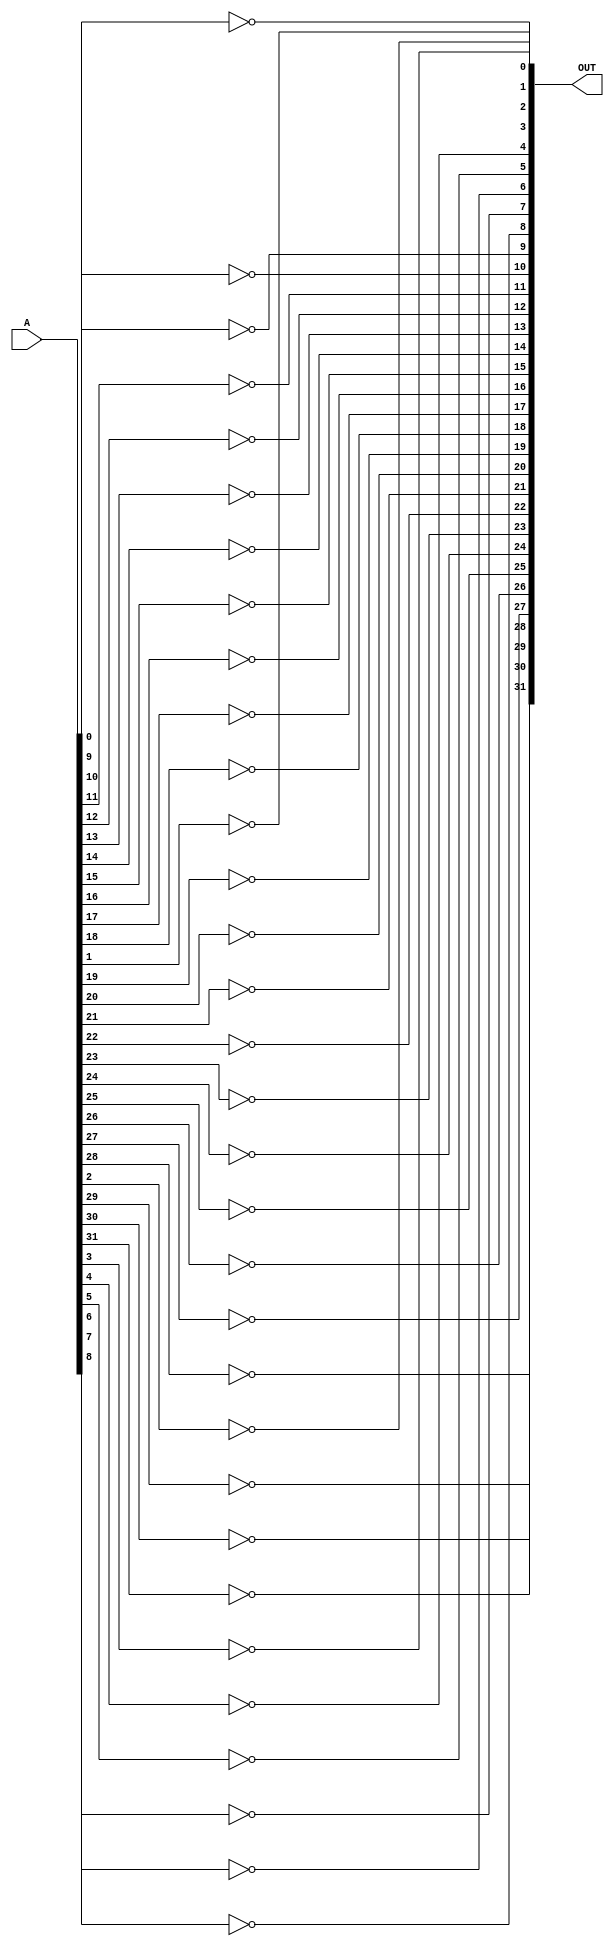

module not_32_bit(input [31:0] A , output[31:0] OUT);



not F1(OUT[0] , A[0]);
not F2(OUT[1] , A[1]);
not F3(OUT[2] , A[2]);
not F4(OUT[3] , A[3]);
not F5(OUT[4] , A[4]);
not F6(OUT[5] , A[5]);
not F7(OUT[6] , A[6]);
not F8(OUT[7] , A[7]);
not F9(OUT[8] , A[8]);
not F10(OUT[9] , A[9]);
not F11(OUT[10] , A[10]);
not F12(OUT[11] , A[11]);
not F13(OUT[12] , A[12]);
not F14(OUT[13] , A[13]);
not F15(OUT[14] , A[14]);
not F16(OUT[15] , A[15]);
not F17(OUT[16] , A[16]);
not F18(OUT[17] , A[17]);
not F19(OUT[18] , A[18]);
not F20(OUT[19] , A[19]);
not F21(OUT[20] , A[20]);
not F22(OUT[21] , A[21]);
not F23(OUT[22] , A[22]);
not F24(OUT[23] , A[23]);
not F25(OUT[24] , A[24]);
not F26(OUT[25] , A[25]);
not F27(OUT[26] , A[26]);
not F28(OUT[27] , A[27]);
not F29(OUT[28] , A[28]);
not F30(OUT[29] , A[29]);
not F31(OUT[30] , A[30]);
not F32(OUT[31] , A[31]);

endmodule